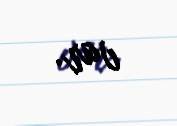
var.